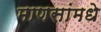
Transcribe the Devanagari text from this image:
माणसांमधे